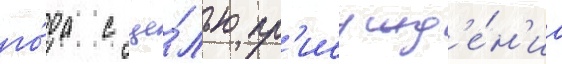
го́да с це́лью пр'исужд'е́н'иа